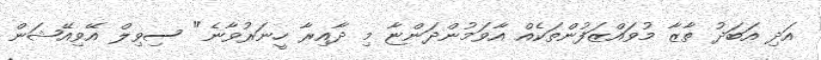
އަދި އަބަދު ތާޒާ މުވައްޒަފުންތަކެއް އާވަމުންދަންޏާ މި ދާއިރާ ހީނަރުވާނެ" ސިވިލް އޭވިއޭޝަން